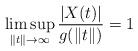
\begin{align*}\limsup_{\|t\|\to\infty} \frac{|X(t)|}{g(\|t\|)}=1\qquad\end{align*}